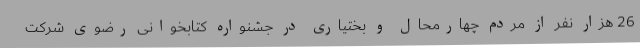
26 هزار نفر از مردم چهارمحال و بختیاری در جشنواره کتابخوانی رضوی شرکت